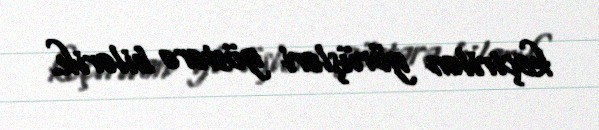
keçirilən görüşləri göstərə bilərik.